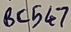
Text: BC547